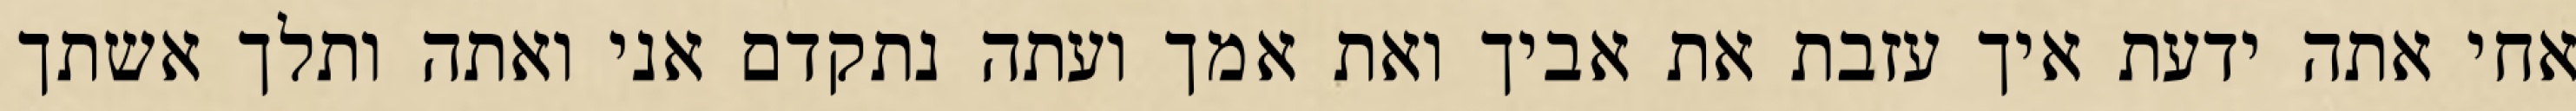
אחי אתה ידעת איך עזבת את אביך ואת אמך ועתה נתקדם אני ואתה ותלך אשתך